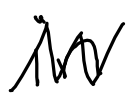
Text: in
Cross-out: zig-zag
Writing tool: digital_black